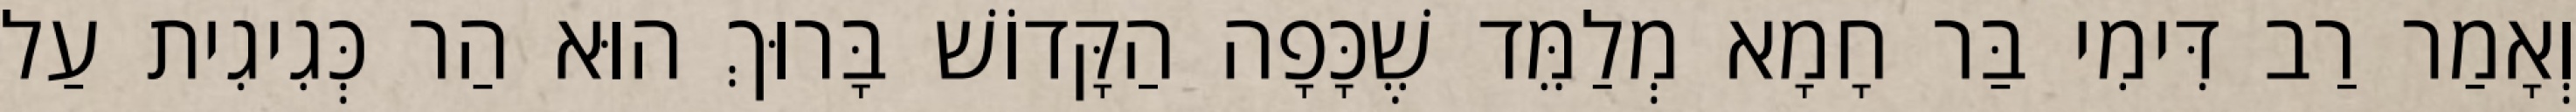
וְאָמַר רַב דִּימִי בַּר חָמָא מְלַמֵּד שֶׁכָּפָה הַקָּדוֹשׁ בָּרוּךְ הוּא הַר כְּגִיגִית עַל